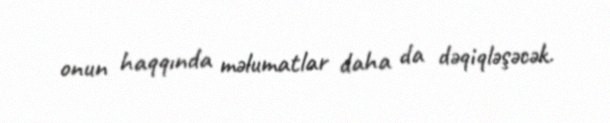
onun haqqında məlumatlar daha da dəqiqləşəcək.